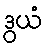
ဒွယံ